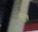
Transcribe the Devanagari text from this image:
म्रुत्य